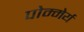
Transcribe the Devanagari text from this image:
पोम्मेर्य